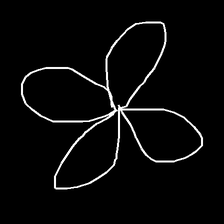
Glyph: billowing